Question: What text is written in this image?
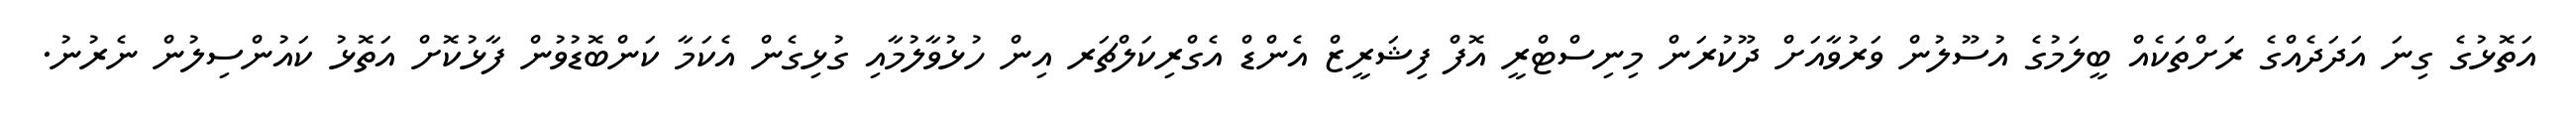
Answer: އަތޮޅުގެ ގިނަ އަދަދެއްގެ ރަށްތަކެއް ބީލަމުގެ އުސޫލުން ވަރުވާއަށް ދޫކުރަން މިނިސްޓްރީ އޮފް ފިޝަރީޒް އެންޑް އެގްރިކަލްޗަރ އިން ހުޅުވާލުމާއި ގުޅިގެން އެކަމާ ކަންބޮޑުވުން ފާޅުކޮށް އަތޮޅު ކައުންސިލުން ނެރުނު.